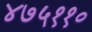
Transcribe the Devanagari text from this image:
४७५११०